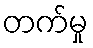
တက်မှု